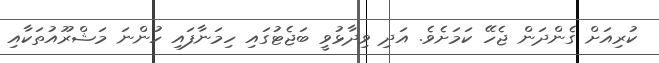
ކުރިއަށް ގެންދަން ޖެހޭ ކަމަށެވެ. އަދި ވިދާޅުވީ ބަޖެޓުގައި ހިމަނާފައި ހުންނަ މަޝްރޫއުތަކާއި